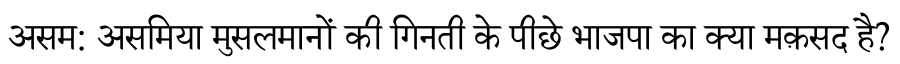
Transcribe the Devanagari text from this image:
असम: असमिया मुसलमानों की गिनती के पीछे भाजपा का क्या मक़सद है?